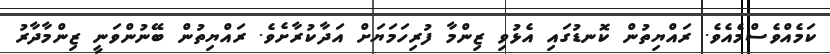
ކަމެއްވެސްމެއެވެ. ރައްޔިތުން ކޮނޑުގައި އެޅުވި ޒިންމާ ފުރިހަމަޔަށް އަދާކުރާށެވެ. ރައްޔިތުން ބޭނުންވަނީ ޒިންމާދާރު